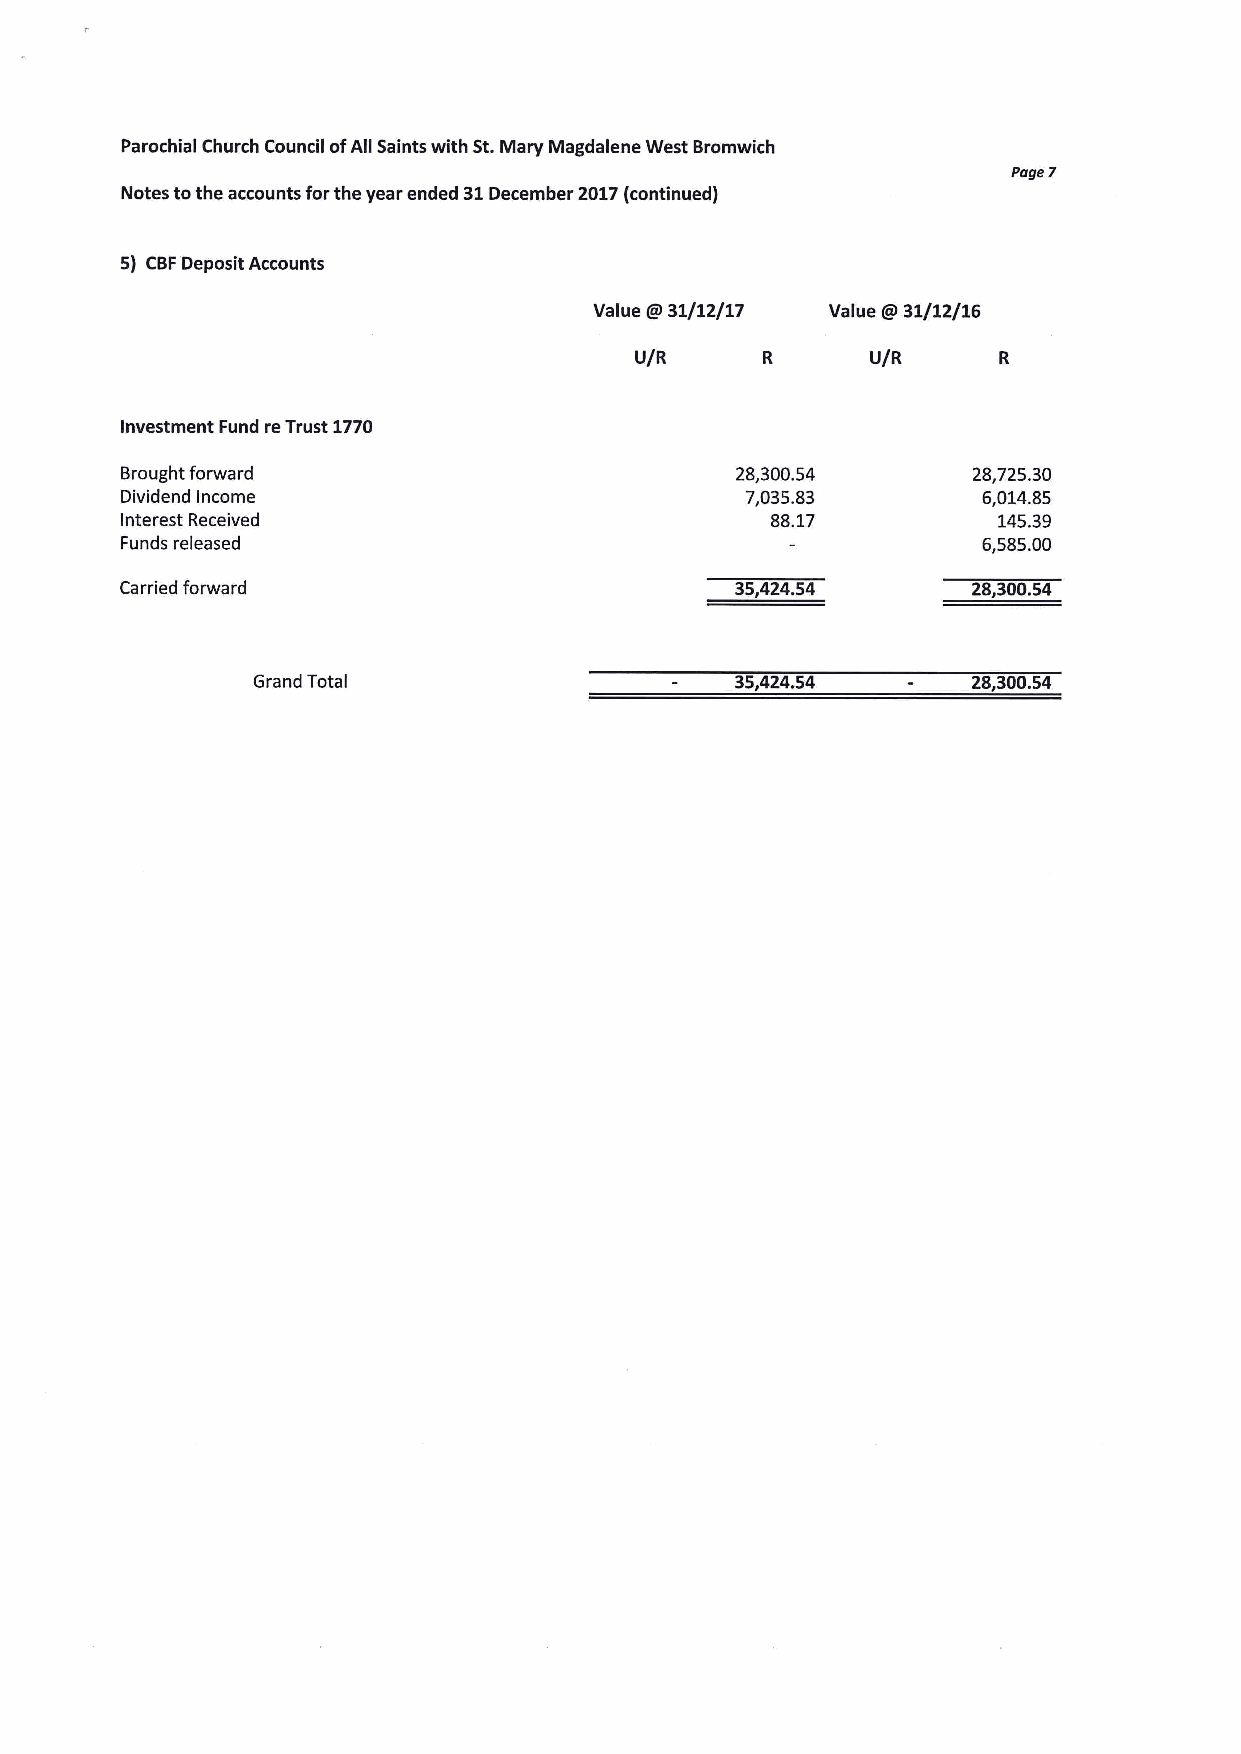
Parochial Church Council ofAll Saints with St.Mary Magdalene West Bromwich
 Page 7
 Notes tothe accounts forthe year ended 31December 2017(continued)
 5) CBFDeposit Accounts
 Value g 31/12/17 Value IR31/12/16
 U/R             U/R
 Investment Fund reTrust 1770
 Brought forward                          28,300.54      28,725.30
 Dividend Income                          7,035.83        6,014.85
 Interest Received                          88.17          145.39
 Funds released                                           6,585.00
 Carried forward                          35,424.54      28,300.54
 Grand Total                     35,424.54      28,300.54